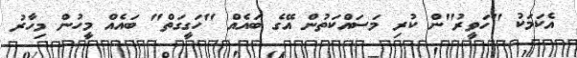
އެކަމަކު "ހަވީރު"ން ކުރި މަސައްކަތުން އޭގެ ބައެއް "ހަގީގަތް" ބައެއް މީހުން މިހާރު